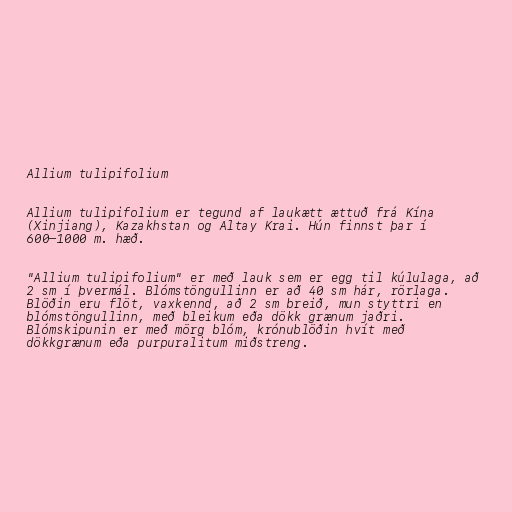
Allium tulipifolium

Allium tulipifolium er tegund af laukætt ættuð frá Kína
(Xinjiang), Kazakhstan og Altay Krai. Hún finnst þar í
600–1000 m. hæð.

"Allium tulipifolium" er með lauk sem er egg til kúlulaga, að
2 sm í þvermál. Blómstöngullinn er að 40 sm hár, rörlaga.
Blöðin eru flöt, vaxkennd, að 2 sm breið, mun styttri en
blómstöngullinn, með bleikum eða dökk grænum jaðri.
Blómskipunin er með mörg blóm, krónublöðin hvít með
dökkgrænum eða purpuralitum miðstreng.